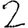
Digit: 2